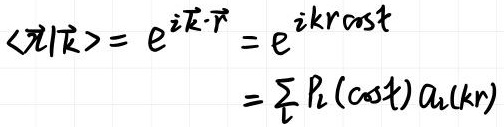
$\langle \vec{r}|\vec{k}\rangle = e^{i\vec{k}\cdot\vec{r}} = e^{ikr\cos t} = \sum_{l} P_l(\cos t) a_l(kr)$